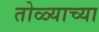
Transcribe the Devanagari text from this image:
तोळ्याच्या